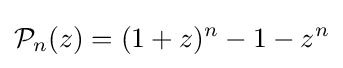
{\mathcal {P}}_{n}(z)=(1+z)^{n}-1-z^{n}